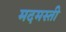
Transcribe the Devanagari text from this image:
मदमस्ती